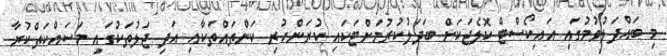
މި ބައްދަލުވުމުގައި އައިކޯސްޓް ކޮލެޖަކަށް ބަދަލުކުރުމަށްޓަކައި ކުރަންހުރި ކަންތައްތަކާއި އަދި ޖަލުތަކުގައި މަސައްކަތްކުރާ